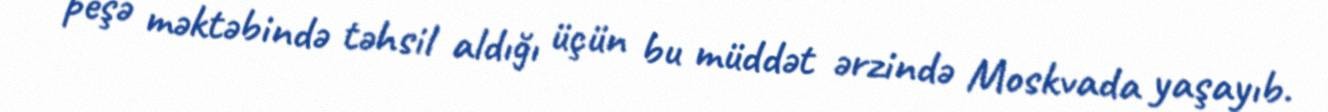
peşə məktəbində təhsil aldığı üçün bu müddət ərzində Moskvada yaşayıb.